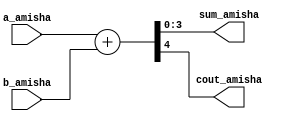
`timescale 1ns / 1ps
//////////////////////////////////////////////////////////////////////////////////
// Company: 
// Engineer: 
// 
// Design Name: 
// Module Name:    adder_carry_local_par_Amisha 
// Project Name: 
// Target Devices: 
// Tool versions: 
// Description: 
//
// Dependencies: 
//
// Revision: 
// Revision 0.01 - File Created
// Additional Comments: 
//
//////////////////////////////////////////////////////////////////////////////////
module adder_carry_local_par_Amisha(
    input [3:0] a_amisha,
    input [3:0] b_amisha,
    output [3:0] sum_amisha,
    output cout_amisha
    );
	 
	 localparam N = 4,
	 N1 = N-1;
	 
	 wire [N:0] sum_ext_amisha;
	 assign sum_ext_amisha = {1'b0, a_amisha} + {1'b0, b_amisha};
	 assign sum_amisha = sum_ext_amisha [N1 : 0];
	 assign cout_amisha = sum_ext_amisha [N];
endmodule